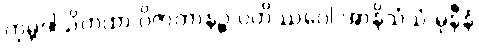
ကုမ္ဘဒါသိကထာ ဝိဇာတာနဉ္စ ပတိဿဝေါ အာနိသံသံ မုနီနံ